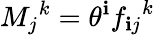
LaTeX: {M_{j}}^{k}=\theta^{\mathbf{i}}{f_{\mathbf{i}j}}^{k}